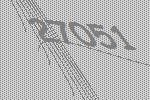
27051